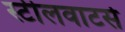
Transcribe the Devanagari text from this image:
स्टीलवाटर्स